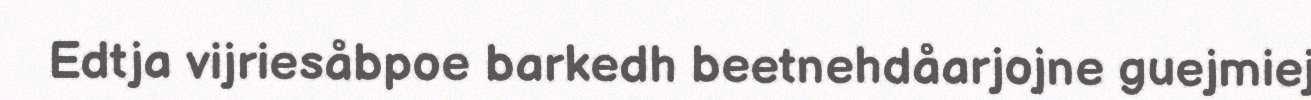
Edtja vijriesåbpoe barkedh beetnehdåarjojne guejmiej